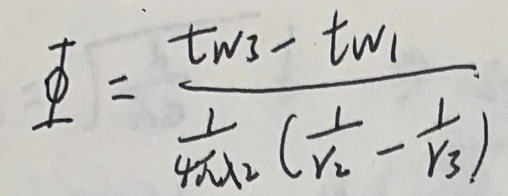
\[
\varPhi=\frac{t_{w3}-t_{w1}}{\frac{1}{4\pi\lambda_2}(\frac{1}{r_2}-\frac{1}{r_3})}
\]